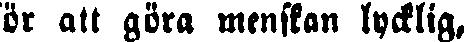
ör att göra menskan lycklig,